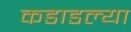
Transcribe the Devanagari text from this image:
कडाडल्या